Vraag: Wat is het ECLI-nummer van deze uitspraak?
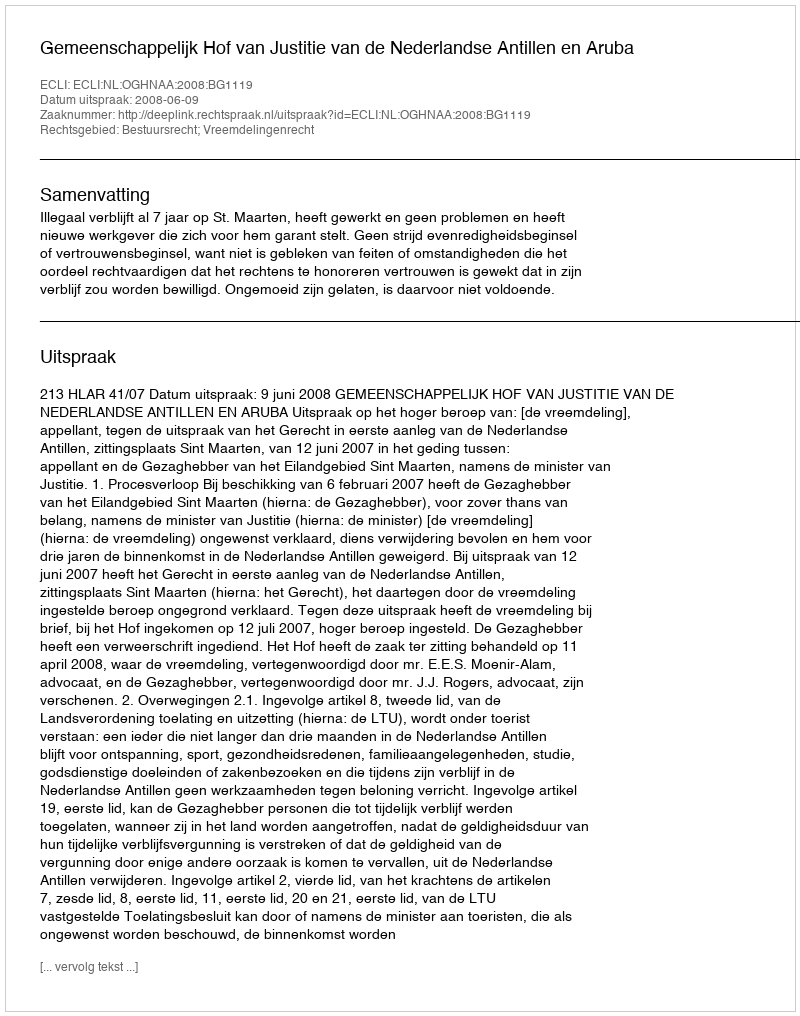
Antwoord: ECLI:NL:OGHNAA:2008:BG1119